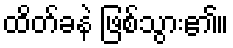
ထိတ်ခနဲ ဖြစ်သွား၏။